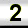
Digit: 2